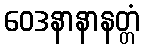
ဝေဒနာနာနတ္တံ